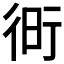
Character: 𧗧